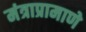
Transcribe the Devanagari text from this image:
मंत्राप्रामाणे